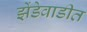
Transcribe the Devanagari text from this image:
झेंडेवाडीत